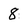
Character: 8